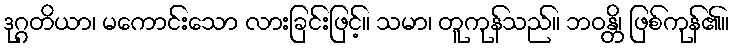
ဒုဂ္ဂတိယာ၊ မကောင်းသော လားခြင်းဖြင့်။ သမာ၊ တူကုန်သည်။ ဘဝန္တိ၊ ဖြစ်ကုန်၏။